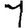
Digit: 1